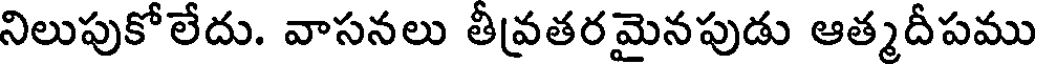
నిలుపుకోలేదు. వాసనలు తీవ్రతరమైనపుడు ఆత్మదీపము